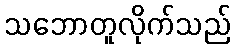
သဘောတူလိုက်သည်